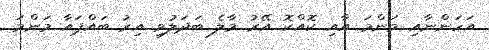
އަހަންނާއި މަންމަ އާއި ކޮއްކޮ އޭރު މާލެ ބަދަލުވި އިރު ބައްޕައާ މަންމަ